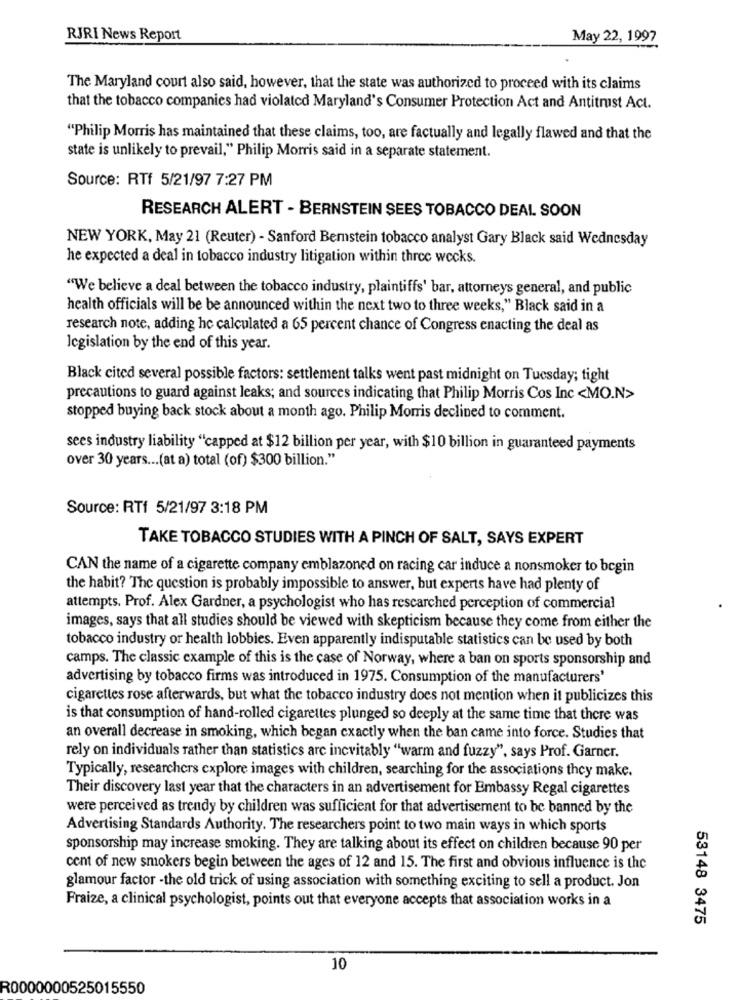
RJRI News Report
May 22, 1997
The Maryland court also said, however, that the state was authorized to proceed with its claims
that the tobacco companies had violated Maryland's Consumer Protection Act and Antitrist Act.
"Philip Morris has maintained that these claims, too, are factually and legally flawed and that the
state is unlikely to prevail," Philip Morris said in a separate statement.
Source: RTf 5/21/97 7:27 PM
RESEARCH ALERT - BERNSTEIN SEES TOBACCO DEAL SOON
NEW YORK, May 21 (Reuter) - Sanford Bernstein tobacco analyst Gary Black said Wednesday
he expected a deal in tobacco industry litigation within three wecks.
"We believe a deal between the tobacco industry, plaintiffs' bar, attorneys general, and public
health officials will be be announced within the next two to three weeks," Black said in a
research note, adding he calculated a 65 percent chance of Congress enacting the deal as
legislation by the end of this year.
Black cited several possible factors: settlement talks went past midnight on Tuesday; tight
precautions to guard against leaks; and sources indicating that Philip Morris Cos Inc <MO.N>
stopped buying back stock about a month ago. Philip Morris declined to comment.
sees industry liability "capped at $12 billion per year, with $10 billion in guaranteed payments
over 30 years ... (at a) total (of) $300 billion."
Source: RTf 5/21/97 3:18 PM
TAKE TOBACCO STUDIES WITH A PINCH OF SALT, SAYS EXPERT
CAN the name of a cigarette company emblazoned on racing car induce a nonsmoker to begin
the habit? The question is probably impossible to answer, but experts have had plenty of
attempts. Prof. Alex Gardner, a psychologist who has rescarched perception of commercial
images, says that all studies should be viewed with skepticism because they come from either the
tobacco industry or health lobbies. Even apparently indisputable statistics can be used by both
camps. The classic example of this is the case of Norway, where a ban on sports sponsorship and
advertising by tobacco firms was introduced in 1975. Consumption of the manufacturers'
cigarettes rose afterwards, but what the tobacco industry does not mention when it publicizes this
is that consumption of hand-rolled cigarettes plunged so deeply at the same time that there was
an overall decrease in smoking, which began exactly when the ban came into force. Studies that
rely on individuals rather than statistics arc incvitably "warm and fuzzy", says Prof. Garner.
Typically, researchers explore images with children, searching for the associations they make.
Their discovery last year that the characters in an advertisement for Embassy Regal cigarettes
were perceived as trendy by children was sufficient for that advertisement to be banned by the
Advertising Standards Authority. The researchers point to two main ways in which sports
sponsorship may increase smoking. They are talking about its effect on children because 90 per
cent of new smokers begin between the ages of 12 and 15. The first and obvious influence is the
glamour factor -the old trick of using association with something exciting to sell a product. Jon
Fraize, a clinical psychologist, points out that everyone accepts that association works in a
53148 3475
10
R0000000525015550